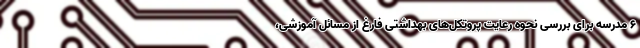
۶ مدرسه برای بررسی نحوه رعایت پروتکل‌های بهداشتی فارغ از مسائل آموزشی،